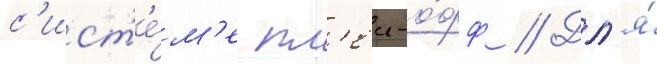
с'ист'е́м'е пл'еи-о́фф // Дл'я́